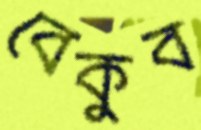
বেকুব